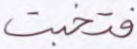
فتخبت